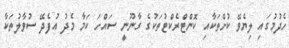
ހެދުމުގައި ލިޔެވޭ ކުށްތަކާއި ކޮންޓްރެކްޓުތަކުގެ ގާނޫނީ ސައްހަ ކަމާ މެދު އުފެދޭ ސުވާލުތަކާ